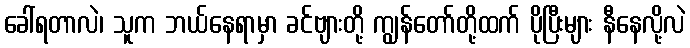
ခေါ်ရတာလဲ၊ သူက ဘယ်နေရာမှာ ခင်ဗျားတို့ ကျွန်တော်တို့ထက် ပိုပြီးများ နီနေလို့လဲ